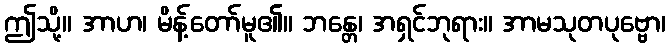
ဤသို့။ အာဟ၊ မိန့်တော်မူ၏။ ဘန္တေ၊ အရှင်ဘုရား။ အာမသုတပုဗ္ဗော၊